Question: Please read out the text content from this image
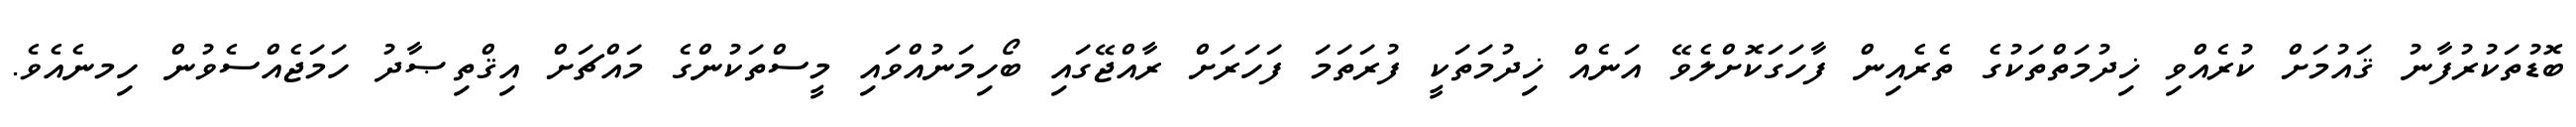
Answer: ބޮޑުތަކުރުފާނު ޤައުމަށް ކުރެއްވި ޚިދުމަތްތަކުގެ ތެރެއިން ފާހަގަކޮށްލެވޭ އަނެއް ޚިދުމަތަކީ ފުރަތަމަ ފަހަރަށް ރާއްޖޭގައި ބޯހިމަނުއްވައި މީސްތަކުންގެ މައްޗަށް އިޤްތިޞާދު ހަމަޖެއްސެވުން ހިމނެއެވެ.